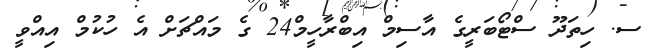
ސ. ހިތަދޫ ސްޓޯބަރީގެ އާސިމް އިބްރާހީމް24 ގެ މައްޗަށް އެ ހުކުމް އިއްވީ